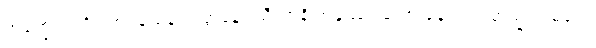
အခဏ္ဍတာဒိဂုဏဝသေန အတ္တနော သီလာနိ အနုဿရတော နေဝဿ တသ္မိံ သမယေ